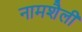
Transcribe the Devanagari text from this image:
नामशैली